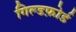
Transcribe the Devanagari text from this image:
गिल्डफ़ोर्ड